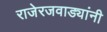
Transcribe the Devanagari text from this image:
राजेरजवाड्यांनी